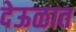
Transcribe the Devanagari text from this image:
देऊळात